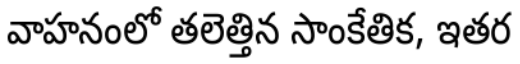
వాహనంలో తలెత్తిన సాంకేతిక, ఇతర